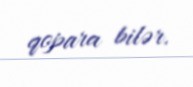
qopara bilər.